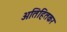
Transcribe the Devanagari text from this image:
अतिहितकर